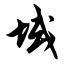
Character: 域